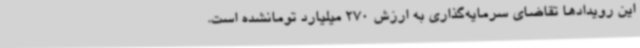
این رویدادها تقاضای سرمایه‌گذاری به ارزش 270 میلیارد تومانشده است.